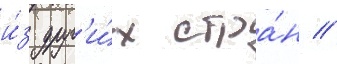
и́з друг'и́х стра́н //